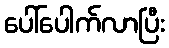
ပေါ်ပေါက်လာပြီး